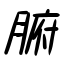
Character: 腑